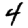
Digit: 4